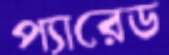
প্যারেড